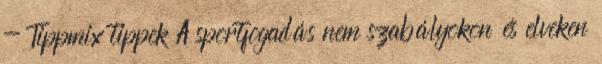
- Tippmix tippek A sportfogadás nem szabályokon és elveken